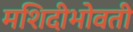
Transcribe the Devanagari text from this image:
मशिदीभोवती